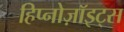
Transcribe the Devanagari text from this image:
हिप्नोज़ॉइट्स